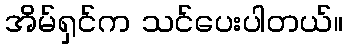
အိမ်ရှင်က သင်ပေးပါတယ်။